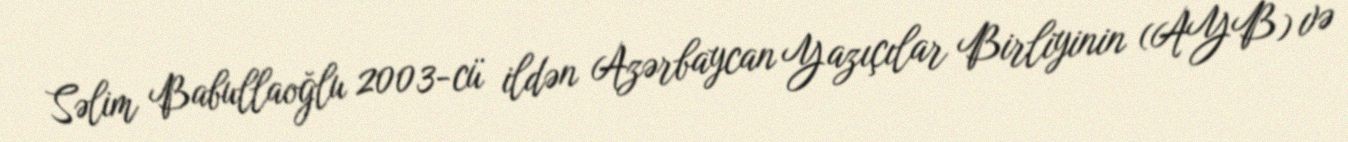
Səlim Babullaoğlu 2003-cü ildən Azərbaycan Yazıçılar Birliyinin (AYB) və